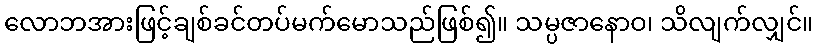
လောဘအားဖြင့်ချစ်ခင်တပ်မက်မောသည်ဖြစ်၍။ သမ္ပဇာနောဝ၊ သိလျက်လျှင်။